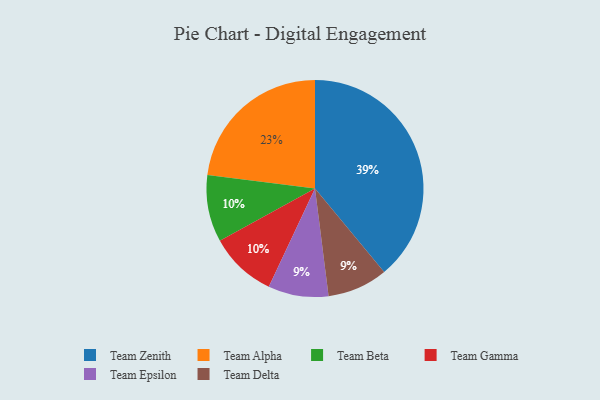
{"axis": {"x": "Category", "y": "Percentage"}, "legend": ["Team Alpha", "Team Beta", "Team Delta", "Team Epsilon", "Team Gamma", "Team Zenith"], "data": [{"x": "Team Beta", "y": 10, "type": "Team Beta"}, {"x": "Team Zenith", "y": 39, "type": "Team Zenith"}, {"x": "Team Gamma", "y": 10, "type": "Team Gamma"}, {"x": "Team Epsilon", "y": 9, "type": "Team Epsilon"}, {"x": "Team Delta", "y": 9, "type": "Team Delta"}, {"x": "Team Alpha", "y": 23, "type": "Team Alpha"}]}